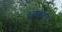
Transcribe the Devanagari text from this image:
तदुपकारक